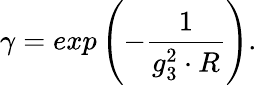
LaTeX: \gamma=exp\left(-\frac{1}{g_{3}^{2}\cdot R}\right).